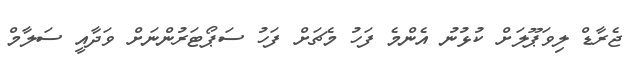
ޖެރާޑް ލިވަޕޫލަށް ކުޅުނު އެންމެ ފަހު މެޗަށް ފަހު ސަޕޯޓަރުންނަށް ވަދާއީ ސަލާމް